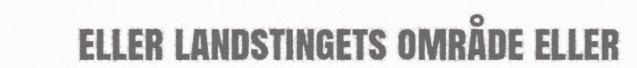
eller landstingets område eller